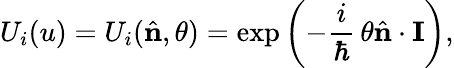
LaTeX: U_{i}(u)=U_{i}({\hat{\mathbf{n}}},\theta)=\exp\left(-\frac{i}{\hbar}\, \theta{\hat{\mathbf{n}}}\cdot{\mathbf{I}}\right),